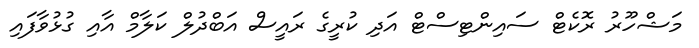
މަޝްހޫރު ރޮކެޓް ސައިންޓިސްޓް އަދި ކުރީގެ ރައީސް އަބްދުލް ކަލާމް އާއި ގުޅުވާފައި